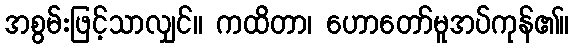
အစွမ်းဖြင့်သာလျှင်။ ကထိတာ၊ ဟောတော်မူအပ်ကုန်၏။